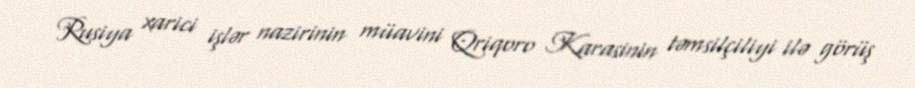
Rusiya xarici işlər nazirinin müavini Qriqoro Karasinin təmsilçiliyi ilə görüş